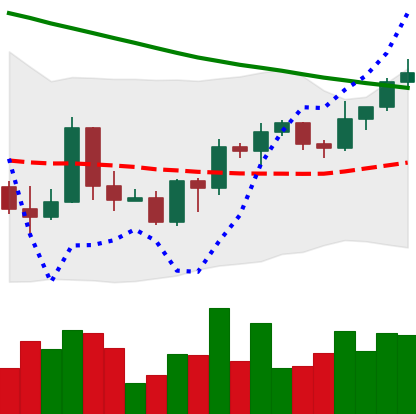
Ticker: BTC-USD
Chart end date: 2022-03-25
Forward return: 6.12%
Label: up_5_7